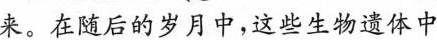
来。在随后的岁月中，这些生物遗体中